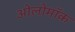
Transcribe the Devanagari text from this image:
ओलोमॉक